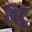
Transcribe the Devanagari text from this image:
बिटु